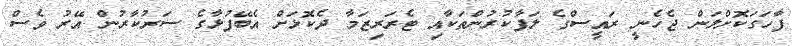
ފާހަގަކޮށްލަން ޖެހެނީ ރައީސްގެ ލަފާކުރުންތަކާއި ޓެރަރިޒަމާ ދެކޮޅަށް އެބޭފުޅާގެ ސަރުކާރުން އޭރު ވެސް